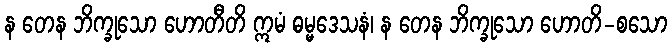
န တေန ဘိက္ခုသော ဟောတီတိ ဣမံ ဓမ္မဒေသနံ၊ န တေန ဘိက္ခုသော ဟောတိ-စသော